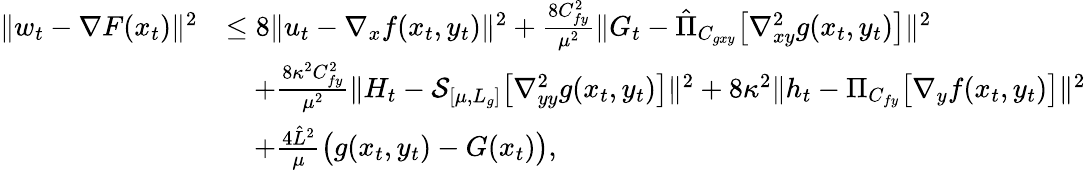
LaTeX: \begin{array}{rl}{\| w_{t}-\nabla F(x_{t})\| ^{2}}&{\leq 8\| u_{t}-\nabla_{x}f(x_{t},y_{t})\| ^{2}+\frac{8C_{fy}^{2}}{\mu^{2}}\| G_{t}-\hat{\Pi}_{C_{gxy}}\big[\nabla_{xy}^{2}g(x_{t},y_{t})\big]\| ^{2}}\\ &{\quad+\frac{8\kappa^{2}C_{fy}^{2}}{\mu^{2}}\| H_{t}-\mathcal{S}_{[\mu,L_{g}]}\big[\nabla_{yy}^{2}g(x_{t},y_{t})\big]\| ^{2}+8\kappa^{2}\| h_{t}-\Pi_{C_{fy}}\big[\nabla_{y}f(x_{t},y_{t})\big]\| ^{2}}\\ &{\quad+\frac{4\hat{L}^{2}}{\mu}\big(g(x_{t},y_{t})-G(x_{t})\big),}\end{array}